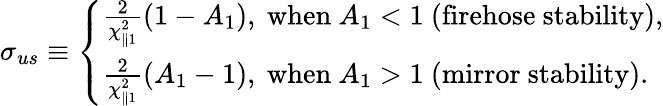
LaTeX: \sigma_{us}\equiv\left\{ \begin{array}{l}{\frac{2}{\chi_{\parallel 1}^{2}}(1-A_{1}),~\mathrm{when}~A_{1}<1~(\mathrm{firehose}~\mathrm{stability}),}\\ {\frac{2}{\chi_{\parallel 1}^{2}}(A_{1}-1),~\mathrm{when}~A_{1}>1~(\mathrm{mirror}~\mathrm{stability}).}\end{array}\right.